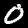
Label: 0